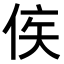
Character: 𬾗